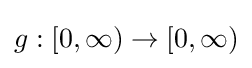
g:[0,\infty )\rightarrow [0,\infty )